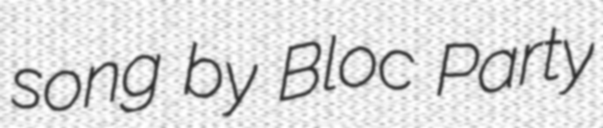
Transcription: song by Bloc Party